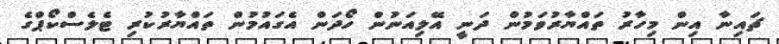
ޗައިނާ އިން މިހާރު ތައްޔާރުވަމުން ދަނީ އޭލިއަނުން ހޯދަން އެގައުމުން ތައްޔާރުކުރި ޓެލެސްކޯޕްގެ